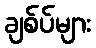
ချစ်ပ်များ